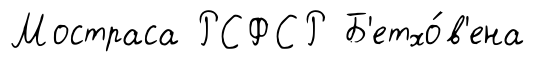
Мостраса РСФСР Б'етхо́в'ена